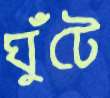
ঘুঁটে